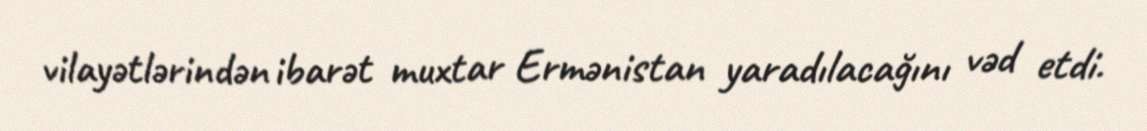
vilayətlərindən ibarət muxtar Ermənistan yaradılacağını vəd etdi.